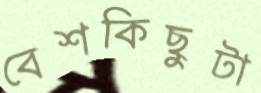
বেশকিছুটা